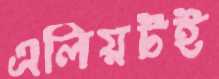
এলিয়টই